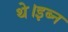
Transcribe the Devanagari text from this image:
थे।इब्न